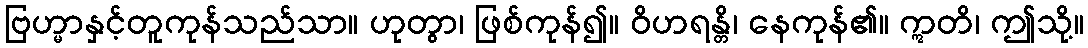
ဗြဟ္မာနှင့်တူကုန်သည်သာ။ ဟုတွာ၊ ဖြစ်ကုန်၍။ ဝိဟရန္တိ၊ နေကုန်၏။ ဣတိ၊ ဤသို့။